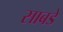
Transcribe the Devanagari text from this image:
साबडे